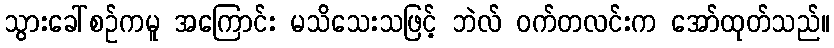
သွားခေါ်စဉ်ကမူ အကြောင်း မသိသေးသဖြင့် ဘဲလ် ဝက်တလင်းက အော်ထုတ်သည်။